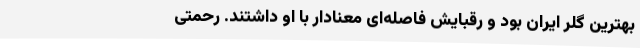
بهترین گلر ایران بود و رقبایش فاصله‌ای معنادار با او داشتند. رحمتی